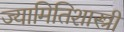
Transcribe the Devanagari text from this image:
ज्यामितिशास्त्री